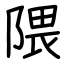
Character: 隈